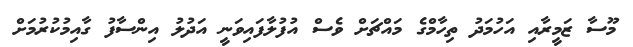
މޫސާ ޒަމީރާއި އަހުމަދު ތިހާމްގެ މައްޗަށް ވެސް އުފުލާފައިވަނީ އަދުލު އިންސާފު ގާއިމުކުރުމަށް